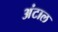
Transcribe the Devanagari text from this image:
अंटाल